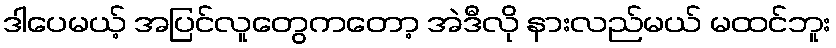
ဒါပေမယ့် အပြင်လူတွေကတော့ အဲဒီလို နားလည်မယ် မထင်ဘူး